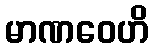
မာဏဝေဟိ